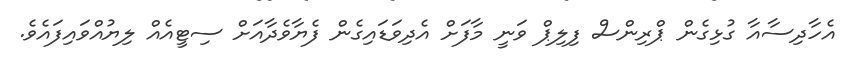
އެހާދިސާއާ ގުޅިގެން ޕްރިންސް ފިލިޕް ވަނީ މާފަށް އެދިވަޑައިގެން ފެޔާވެދާއަށް ސިޓީއެއް ލިޔުއްވައިފައެވެ.